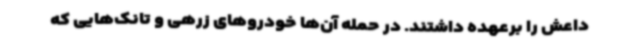
داعش را برعهده داشتند. در حمله آن‌ها خودروهای زرهی و تانک‌هایی که